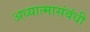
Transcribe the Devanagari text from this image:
अध्यात्मासंबंधी